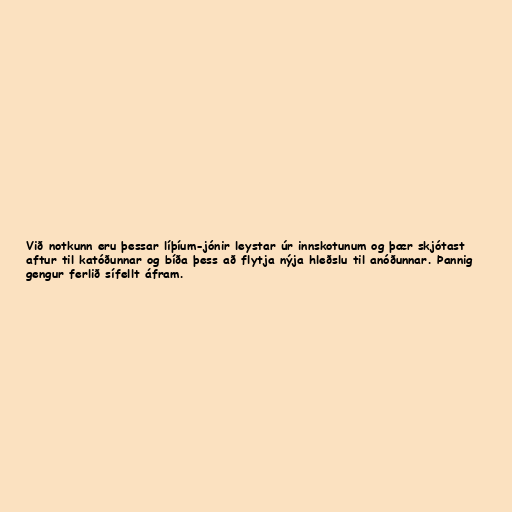
Við notkunn eru þessar líþíum-jónir leystar úr innskotunum og þær skjótast
aftur til katóðunnar og bíða þess að flytja nýja hleðslu til anóðunnar. Þannig
gengur ferlið sífellt áfram.